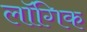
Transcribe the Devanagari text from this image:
लॉगिक